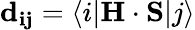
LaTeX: \mathbf{d_{ij}}=\langle i|\mathbf{H}\cdot\mathbf{S}|j\rangle